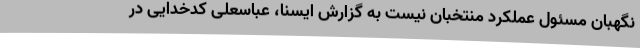
نگهبان مسئول عملکرد منتخبان نیست به گزارش ایسنا، عباسعلی کدخدایی در